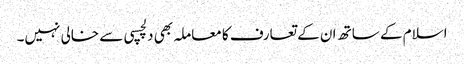
اسلام کے ساتھ ان کے تعارف کا معاملہ بھی دلچسپی سے خالی نہیں۔